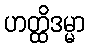
ဟတ္ထိဒမ္မာ